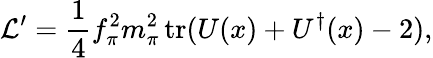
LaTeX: {\cal L}^{\prime}=\frac{1}{4}f_{\pi}^{2}m_{\pi}^{2}\, \mathrm{tr}(U(x)+U^{\dagger}(x)-2),